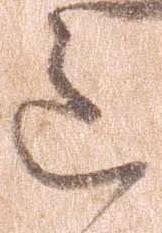
道